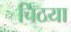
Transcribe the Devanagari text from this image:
चिठया